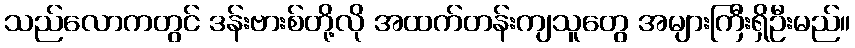
သည်လောကတွင် ဒန်းဗားစ်တို့လို အထက်တန်းကျသူတွေ အများကြီးရှိဦးမည်။